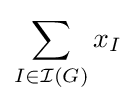
\sum _{I\in {\mathcal {I}}(G)}x_{I}